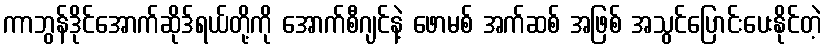
ကာဘွန်ဒိုင်အောက်ဆိုဒ်ရယ်တို့ကို အောက်စီဂျင်နဲ့ ဖောမစ် အက်ဆစ် အဖြစ် အသွင်ပြောင်းပေးနိုင်တဲ့